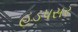
હડપસર